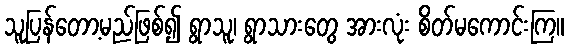
သူပြန်တော့မည်ဖြစ်၍ ရွာသူ၊ ရွာသားတွေ အားလုံး စိတ်မကောင်းကြ။